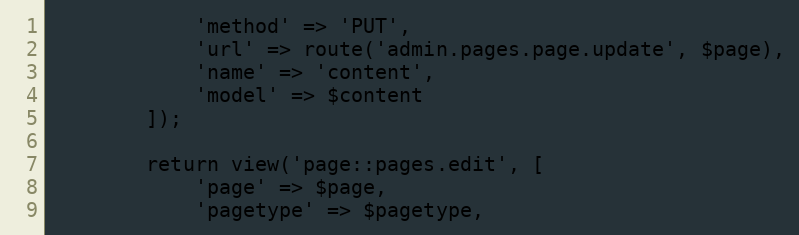
Language: PHP
            'method' => 'PUT',
            'url' => route('admin.pages.page.update', $page),
            'name' => 'content',
            'model' => $content
        ]);

        return view('page::pages.edit', [
            'page' => $page,
            'pagetype' => $pagetype,